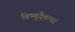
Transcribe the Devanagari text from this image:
विष्णुदैवत्यां